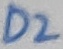
Text: D2